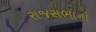
રાજસભાનો